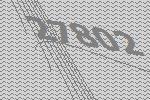
27802